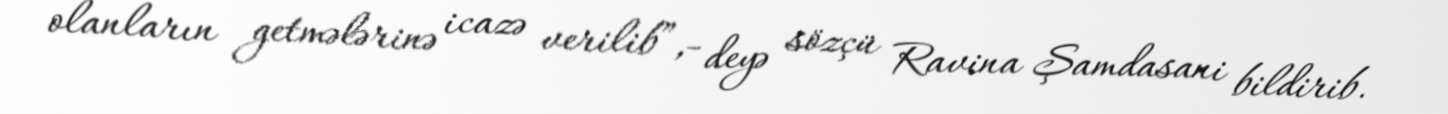
olanların getmələrinə icazə verilib”,- deyə sözçü Ravina Şamdasani bildirib.